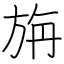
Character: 旃